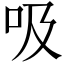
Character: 吸